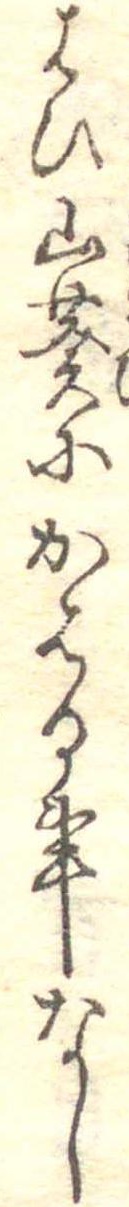
はひ山葵にかはる事なし